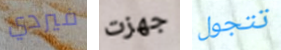
فيردي جهزت تتجول